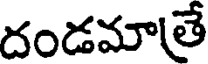
దండమాతే